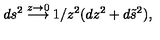
d s ^ { 2 } \stackrel { z \rightarrow 0 } { \longrightarrow } 1 / z ^ { 2 } ( d z ^ { 2 } + d \tilde { s } ^ { 2 } ) ,